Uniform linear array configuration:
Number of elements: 24
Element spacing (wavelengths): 1
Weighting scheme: exponential
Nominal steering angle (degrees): -15
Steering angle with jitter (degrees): -14.966
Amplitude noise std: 0.05
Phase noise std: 0.05

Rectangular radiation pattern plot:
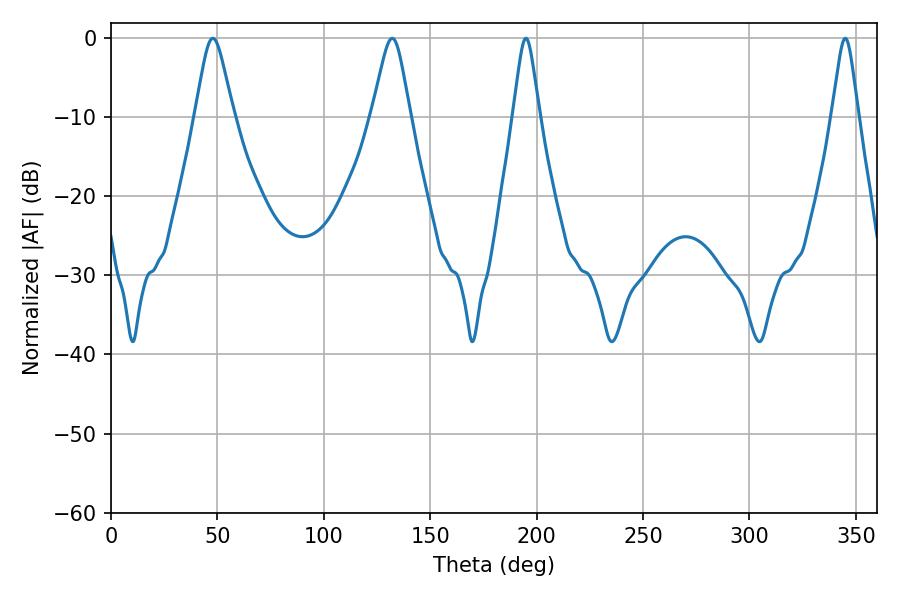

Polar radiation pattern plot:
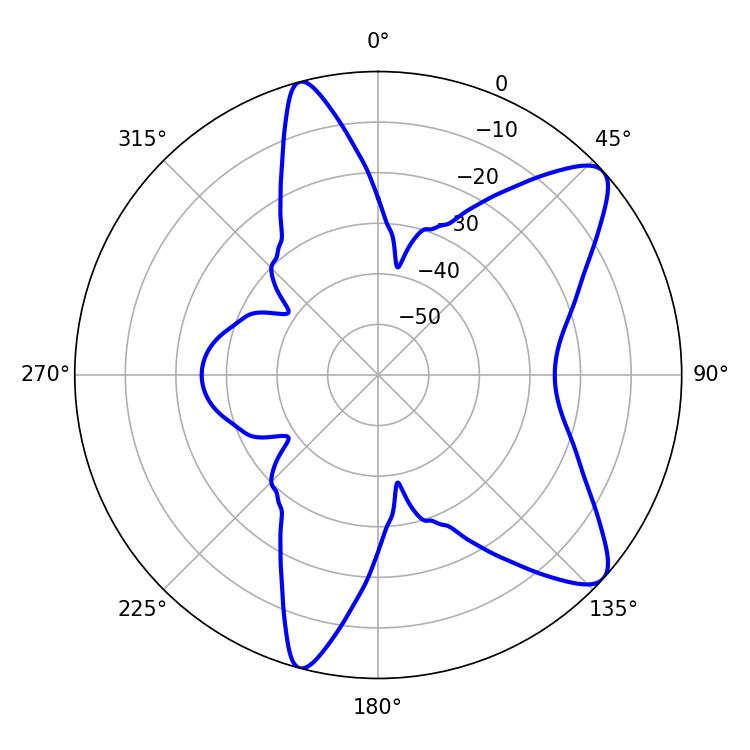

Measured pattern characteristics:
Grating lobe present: TRUE
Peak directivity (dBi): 9.773
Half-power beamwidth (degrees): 8.64
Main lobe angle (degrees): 47.88